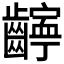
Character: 𫜧